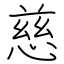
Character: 慈